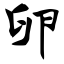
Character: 卵